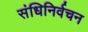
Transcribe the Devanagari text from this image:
संधिनिर्वचन